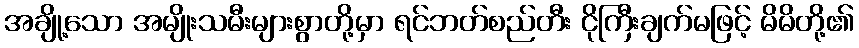
အချို့သော အမျိုးသမီးများစွာတို့မှာ ရင်ဘတ်စည်တီး ငိုကြီးချက်မဖြင့် မိမိတို့၏